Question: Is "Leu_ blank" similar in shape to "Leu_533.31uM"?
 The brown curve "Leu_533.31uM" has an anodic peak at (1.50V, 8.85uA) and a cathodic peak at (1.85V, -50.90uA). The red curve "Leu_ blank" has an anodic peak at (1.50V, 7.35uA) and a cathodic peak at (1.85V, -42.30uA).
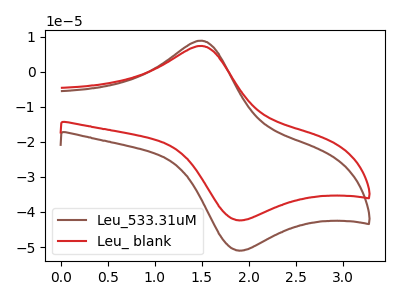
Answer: <think>All the peaks in "Leu_ blank" have a peak in "Leu_533.31uM" at the same potential. Every peak in "Leu_ blank" is lower than every peak in "Leu_533.31uM".
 </think>
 <answer>"Leu_ blank" and "Leu_533.31uM" are similar in shape.</answer>
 <eval>same_shape</eval>